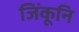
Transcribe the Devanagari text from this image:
जिंकूनि